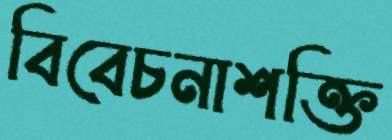
বিবেচনাশক্তি